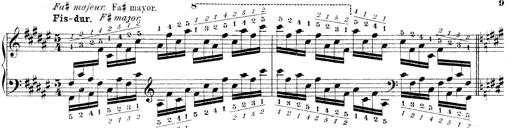
Title: Technische Studien
Composer: Franz Liszt